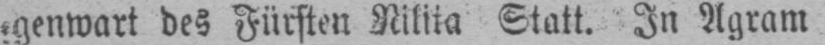
Statt. In Agram